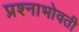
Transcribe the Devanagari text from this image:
प्रश्नाभोवती